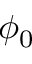
\phi _ { 0 }